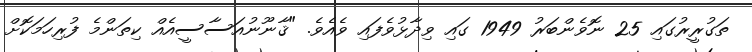
ތަގުރީރުގައި 25 ނޮވެންބަރު 1949 ގައި ވިދާޅުވެފައި ވެއެވެ. "ޤާނޫނުއަސާސީއެއް ކިތަންމެ ފުރިހަމަކޮށް